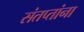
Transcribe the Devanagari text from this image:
संतप्तांना